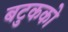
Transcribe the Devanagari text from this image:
बटुकको